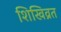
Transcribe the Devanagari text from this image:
शिखिव्रत